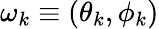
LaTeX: \omega_{k}\equiv(\theta_{k},\phi_{k})